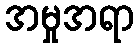
အမှုအရာ